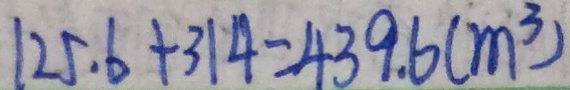
1 2 5 . 6 + 3 1 4 = 4 3 9 . 6 ( m ^ { 3 } )